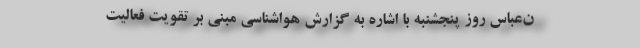
ن‌عباس روز پنجشنبه با اشاره به گزارش هواشناسی مبنی بر تقویت فعالیت